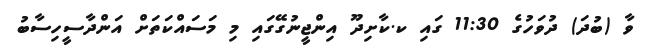
ވާ (ބުދަ) ދުވަހުގެ 11:30 ގައި ކ.ކާށިދޫ އިންޖީނުގޭގައި މި މަސައްކަތަށް އަންދާސީހިސާބު